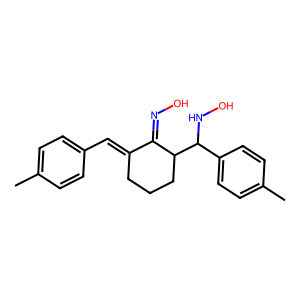
SMILES: Cc1ccc(C=C2CCCC(C(NO)c3ccc(C)cc3)C2=NO)cc1
Inhibits HIV replication: No